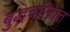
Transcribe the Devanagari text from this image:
बुद्धचरित्रात